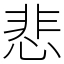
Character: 悲